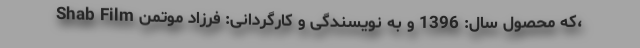
Shab Film که محصول سال: 1396 و به نویسندگی و کارگردانی: فرزاد موتمن،